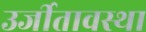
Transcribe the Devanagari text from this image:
उर्जीतावस्था